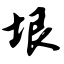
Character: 垠